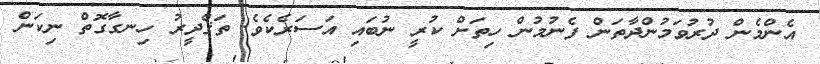
އެންމެން ދުރުވަމުންދާތަން ފެނުމުން ހިތަށް ކުރީ ނުބައި އަސަރެކެވެ. ތަޤްދީރު ހިނގާގޮތް ނިކަން